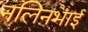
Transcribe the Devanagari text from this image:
नलिनभाई